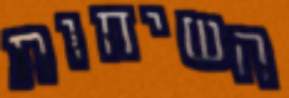
השיחות